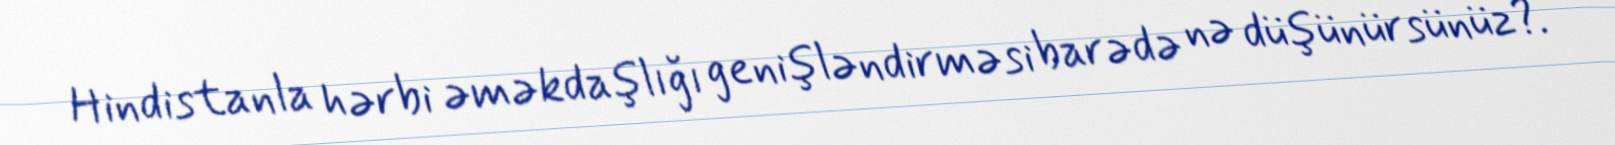
Hindistanla hərbi əməkdaşlığı genişləndirməsi barədə nə düşünürsünüz?.